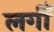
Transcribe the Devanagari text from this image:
लगीँ